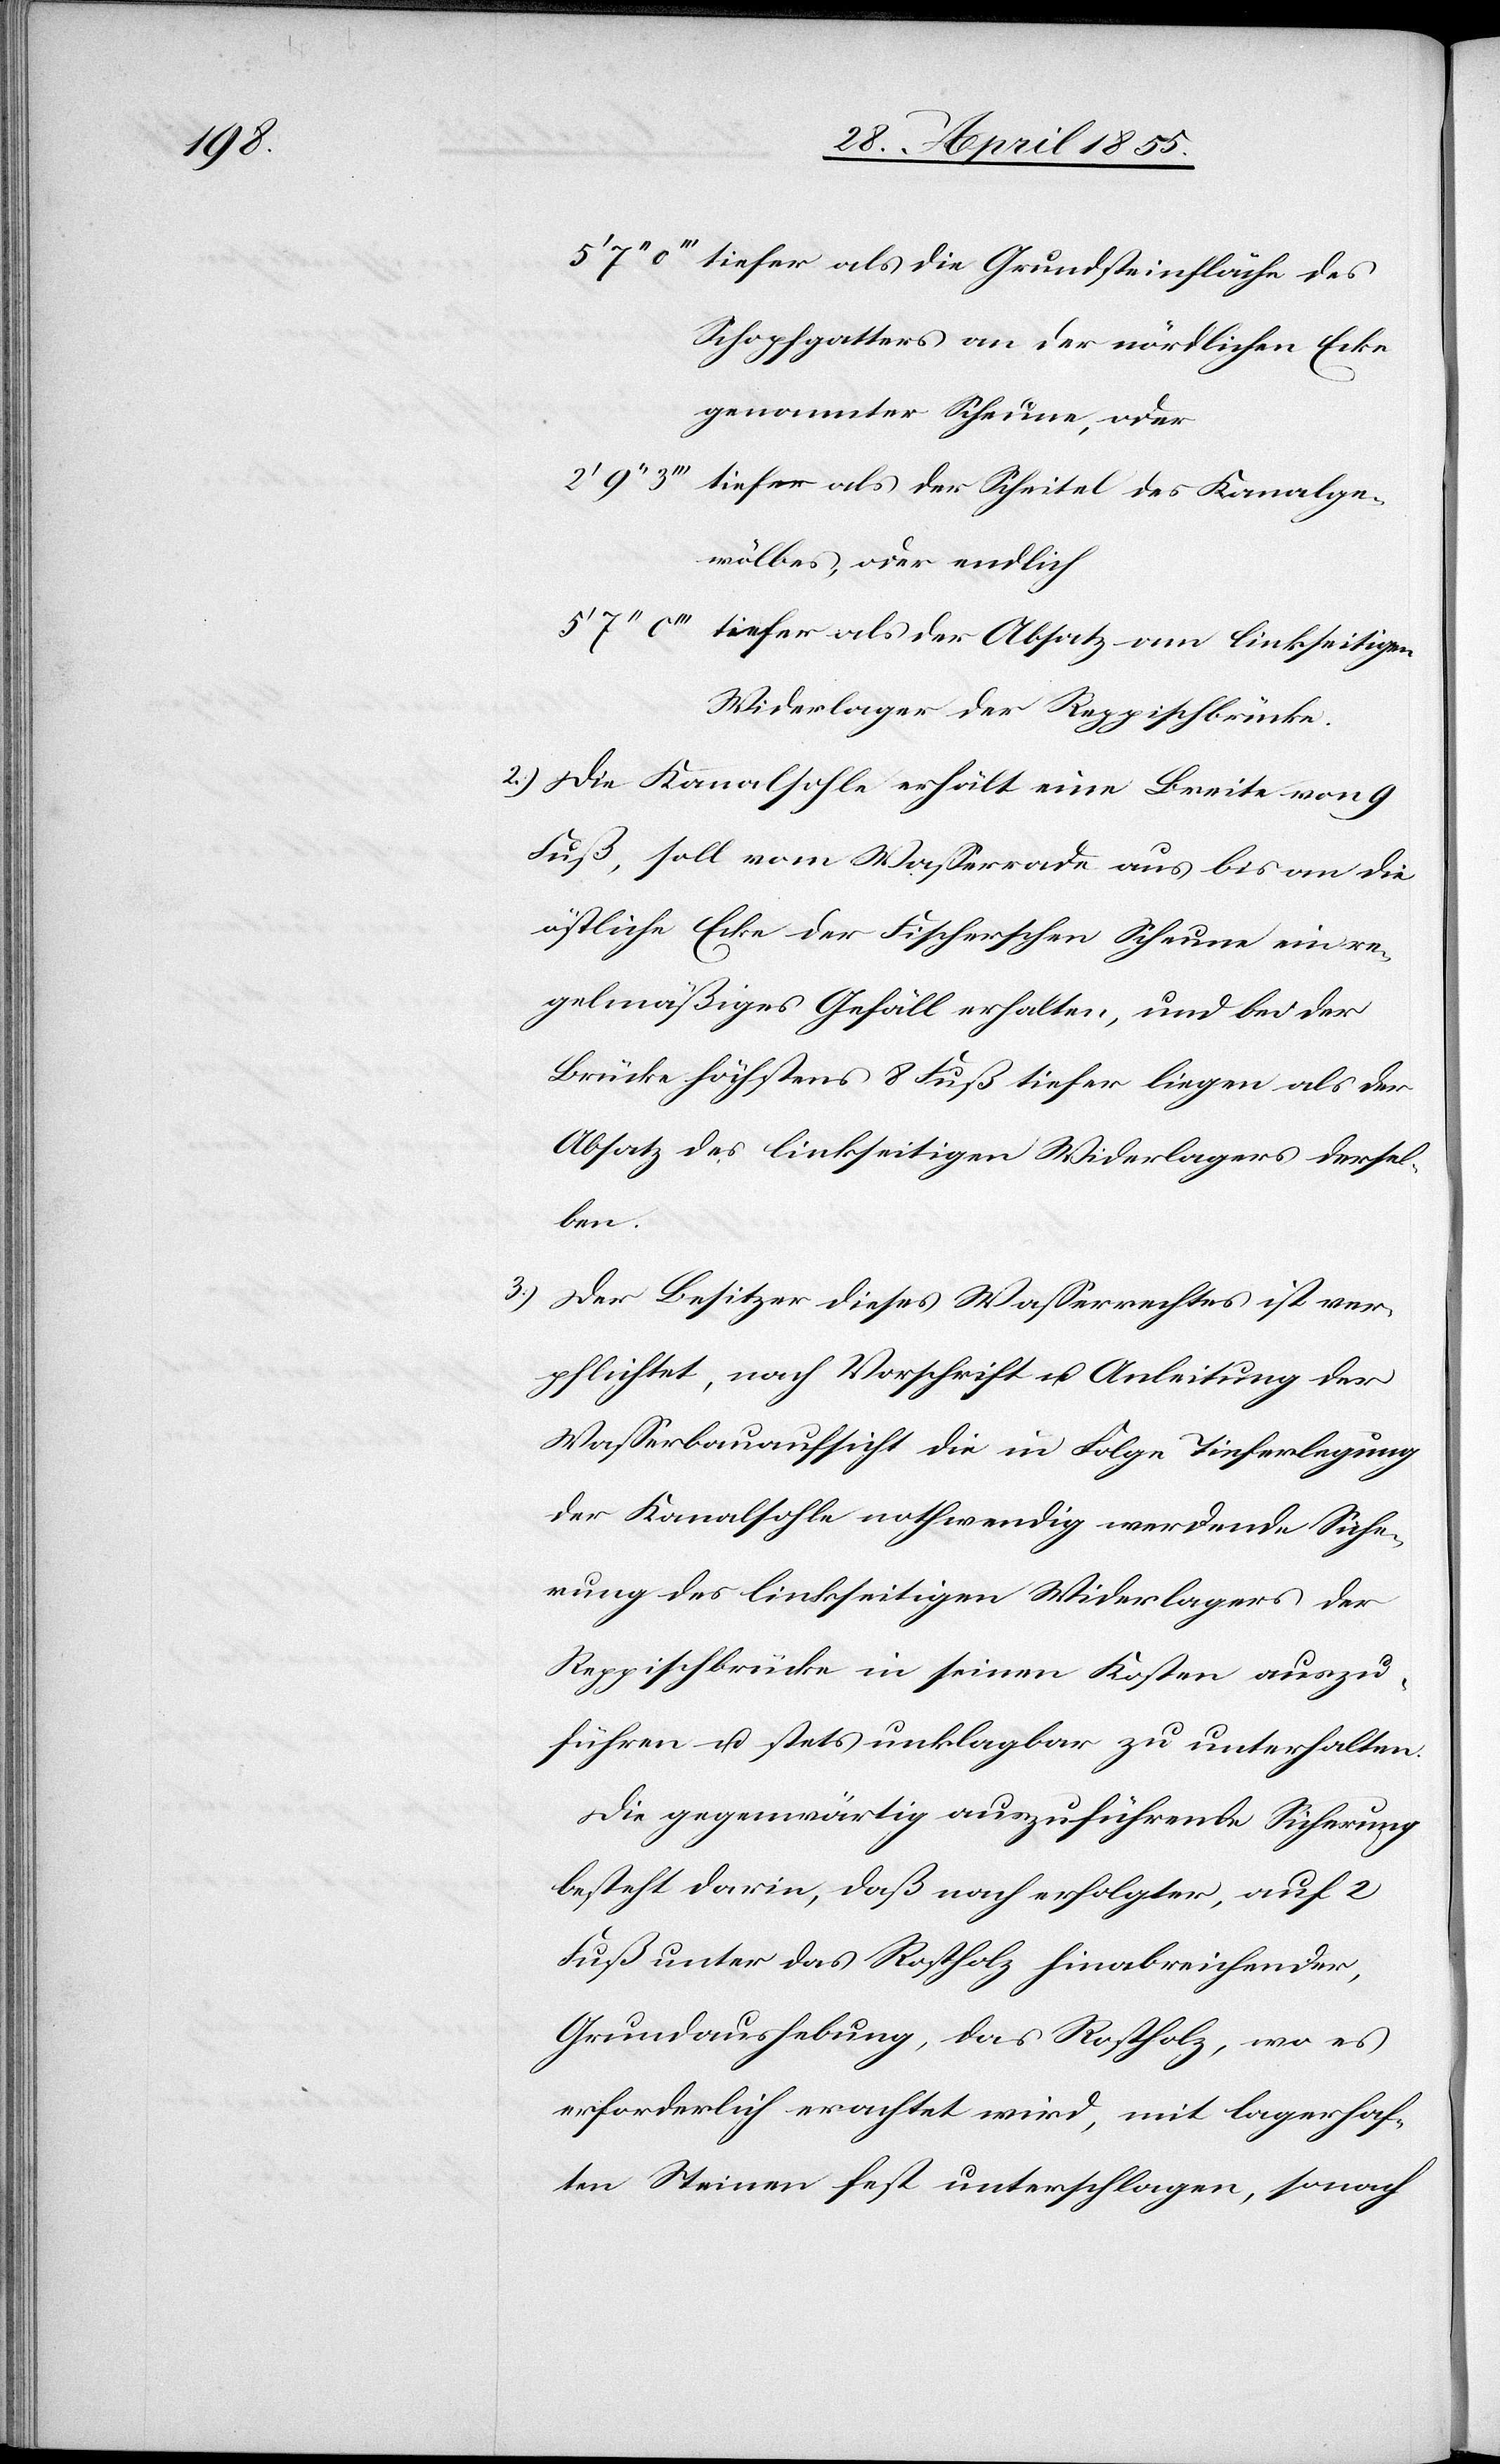
tiefer als die Grundsteinfläche des
Schopfgatters an der nördlichen Ecke
genannter Scheune, oder
tiefer als der Scheitel des Kanalge¬
wölbes, oder endlich
tiefer als der Absatz am linkseitigen
Widerlager der Reppischbrücke.
Die Kanalsohle erhält eine Breite von 9
Fuß, soll vom Wasserrade aus bis an die
östliche Ecke der Fischerschen Scheune ein re¬
gelmäßiges Gefäll erhalten, und bei der
Brücke höchstens 8 Fuß tiefer liegen als der
Absatz des linkseitigen Widerlagers dersel¬
ben.
Der Besitzer dieses Wasserrechtes ist ver¬
pflichtet, nach Vorschrift u. Anleitung der
Wasserbauaufsicht die in Folge Tieferlegung
der Kanalsohle nothwendig werdende Siche¬
rung des linkseitigen Widerlagers der
Reppischbrücke in seinen Kosten auszu¬
führen u. stets unklagbar zu unterhalten.
Die gegenwärtig auszuführende Sicherung
besteht darin, daß nach erfolgter, auf 2
Fuß unter das Rostholz hinabreichender,
Grundaushebung, das Rostholz, wo es
erforderlich erachtet wird, mit lagerhaf¬
ten Seinen fest unterschlagen, sonach